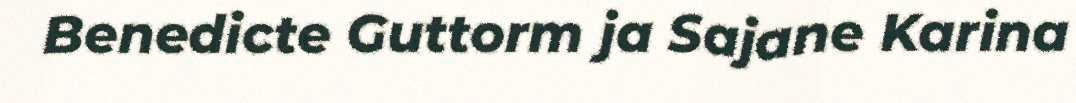
Benedicte Guttorm ja Sajane Karina